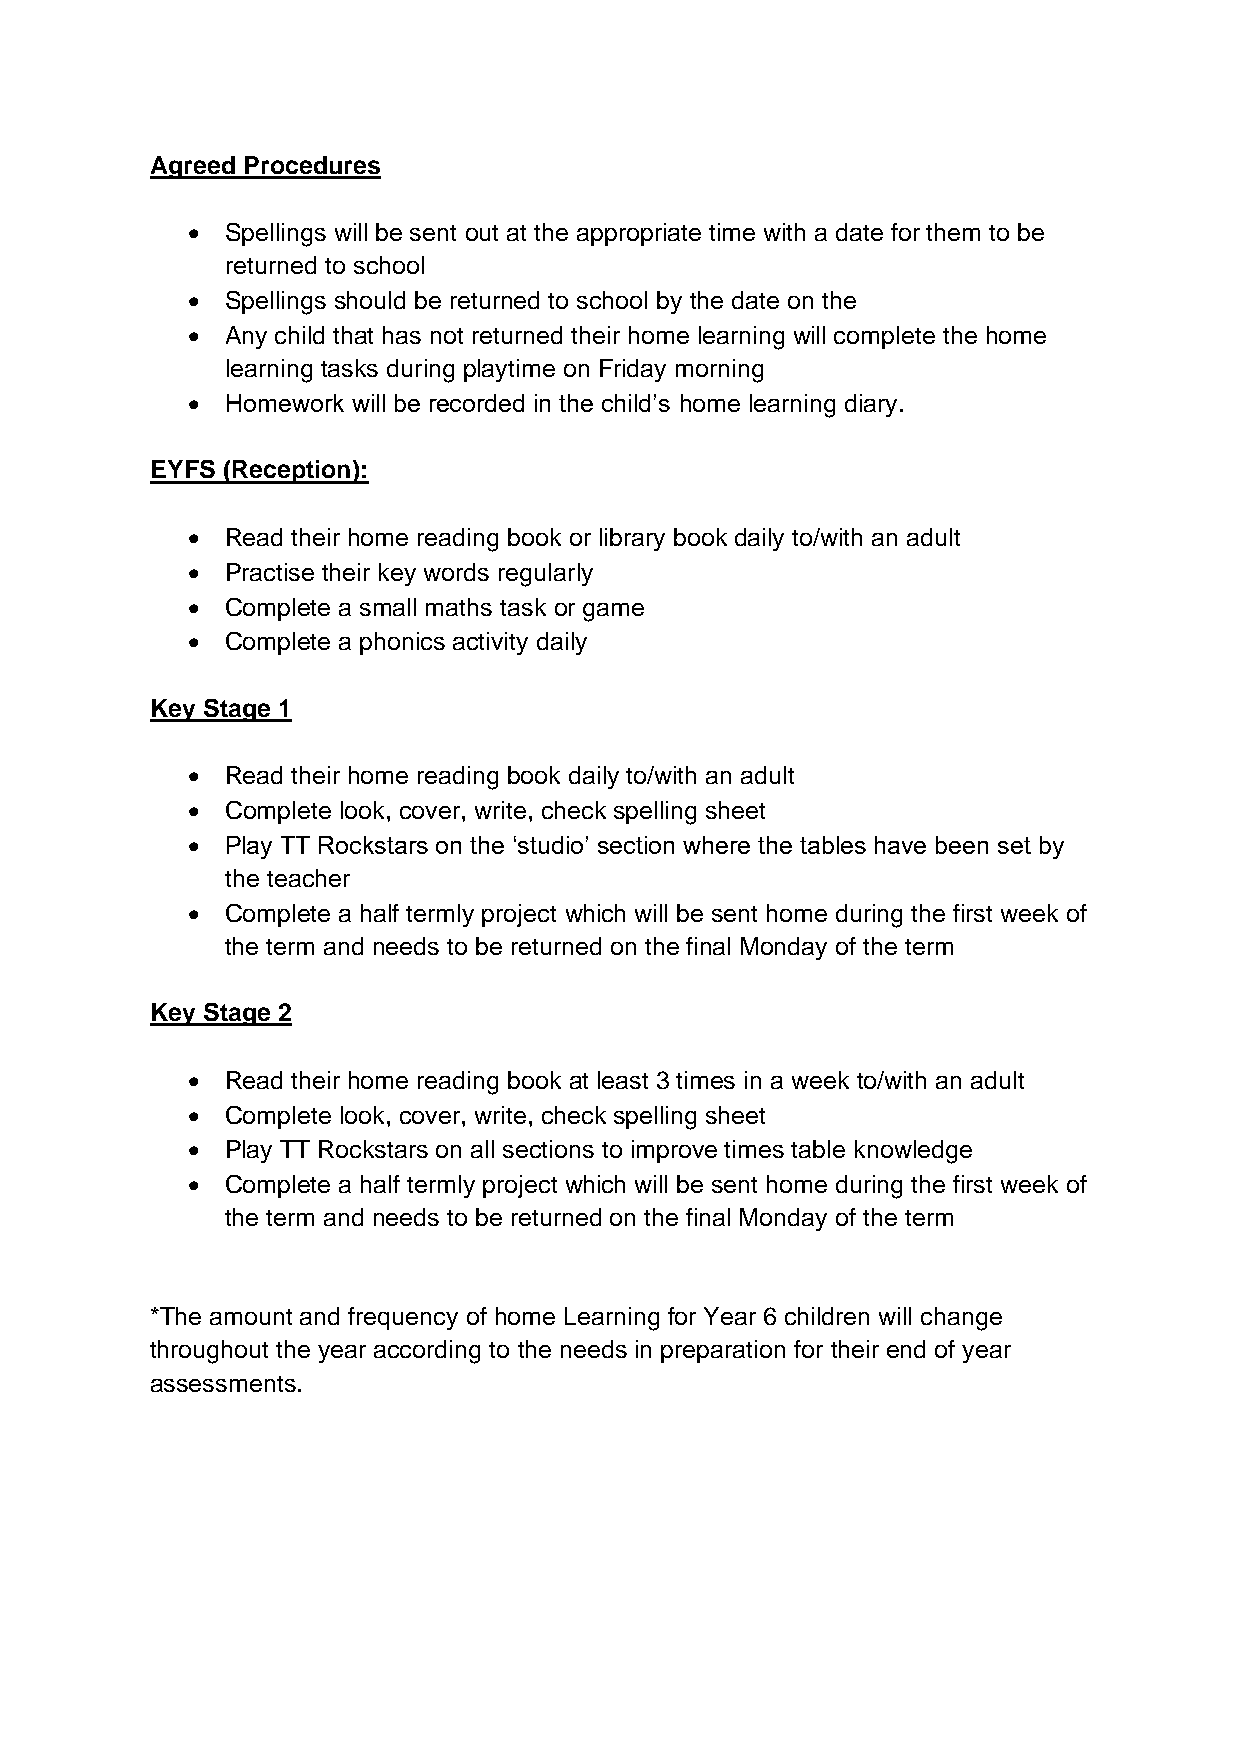
Agreed Procedures
 •  Spellings will be sent out at the appropriate time with a date for them to be
 returned to school
 •  Spellings should be returned to school by the date on the
 •  Any child that has not returned their home learning will complete the home
 learning tasks during playtime on Friday morning
 •  Homework will be recorded in the child’s home learning diary.
 EYFS (Reception):
 •  Read their home reading book or library book daily to/with an adult
 •  Practise their key words regularly
 •  Complete a small maths task or game
 •  Complete a phonics activity daily
 Key Stage 1
 •  Read their home reading book daily to/with an adult
 •  Complete look, cover, write, check spelling sheet
 •  Play TT Rockstars on the ‘studio’ section where the tables have been set by
 the teacher
 •  Complete a half termly project which will be sent home during the first week of
 the term and needs to be returned on the final Monday of the term
 Key Stage 2
 •  Read their home reading book at least 3 times in a week to/with an adult
 •  Complete look, cover, write, check spelling sheet
 •  Play TT Rockstars on all sections to improve times table knowledge
 •  Complete a half termly project which will be sent home during the first week of
 the term and needs to be returned on the final Monday of the term
 *The amount and frequency of home Learning for Year 6 children will change
 throughout the year according to the needs in preparation for their end of year
 assessments.